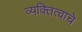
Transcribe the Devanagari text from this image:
व्यक्तित्वाचे